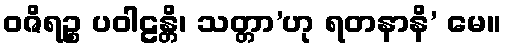
ဝဇိရဉ္စ ပဝါဠန္တိ၊ သတ္တာ’ဟု ရတနာနိ’ မေ။